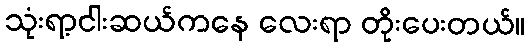
သုံးရာ့ငါးဆယ်ကနေ လေးရာ တိုးပေးတယ်။